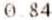
0.84